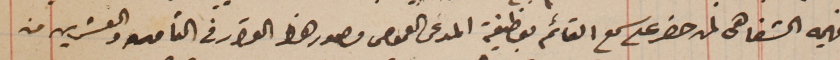
تفهيمه الشفاهى لمن حضر على سمع القائم بوظيفة المدعى العمومى مصدر هذا القرار فى الثامن والعشرين من